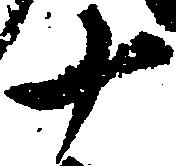
十